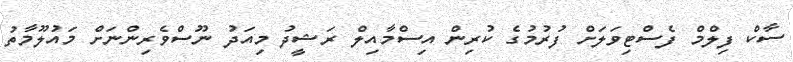
ސާކް ފިލްމް ފެސްޓިވަލަށް ފުރުމުގެ ކުރިން އިސްމާއިލް ރަޝީދު މިއަދު ނޫސްވެރިންނަށް މައުލޫމާތު